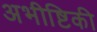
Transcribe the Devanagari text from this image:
अभीष्टिकी